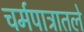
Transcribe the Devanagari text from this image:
चर्मपात्रातले